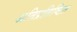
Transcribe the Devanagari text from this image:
अतिप्रतिष्ठित